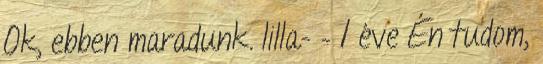
Ok, ebben maradunk. lilla- – 1 éve Én tudom,